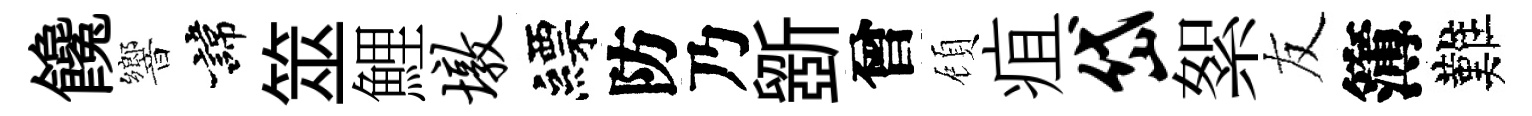
饞響諱筮鯉墩縹防乃斵曾頋疽岱絮友簿難